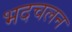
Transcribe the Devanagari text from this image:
भदचलन